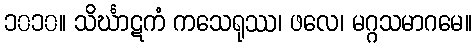
၁၀၁၀။ သိင်္ဃာဋကံ ကသေရုဿ၊ ဖလေ၊ မဂ္ဂသမာဂမေ။